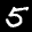
Label: 5